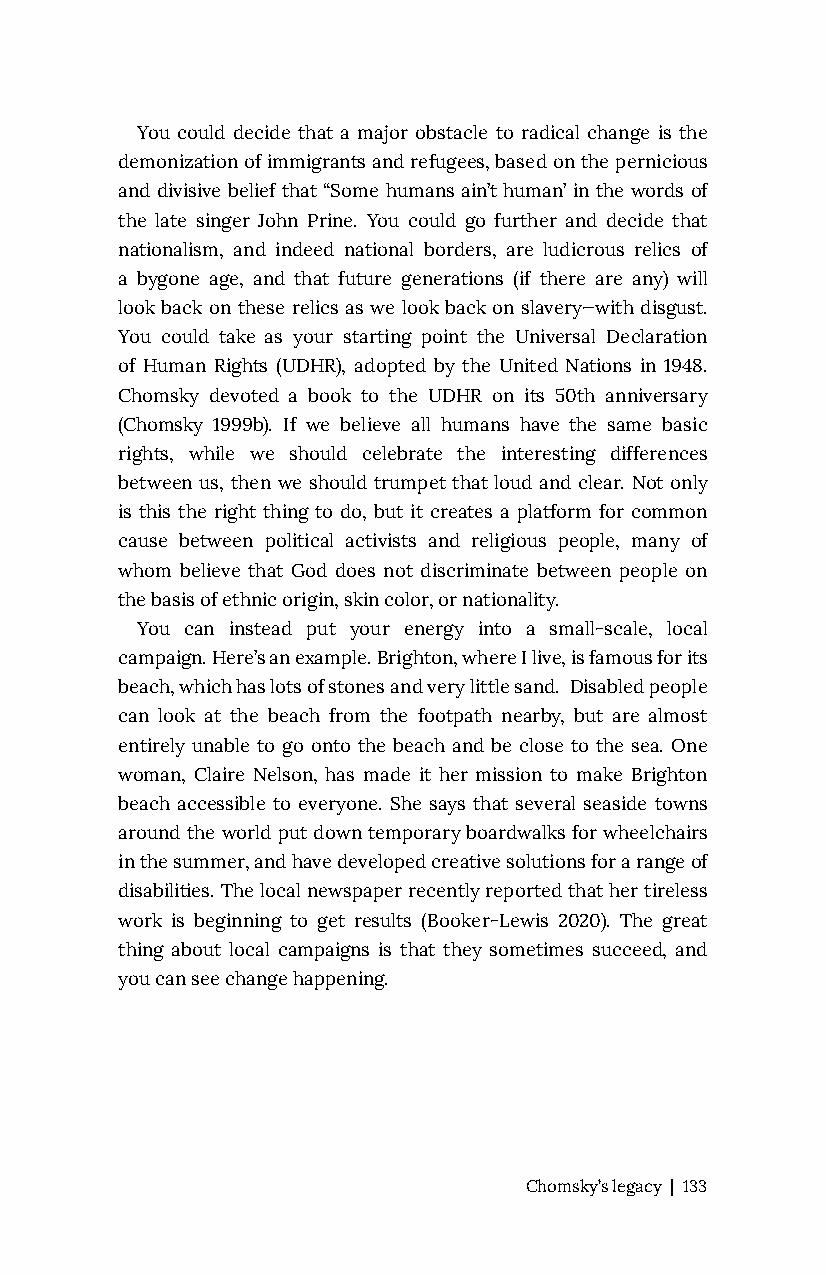
You could decide that a major obstacle to radical change is the
 demonization of immigrants and refugees, based on the pernicious
 and divisive belief that “Some humans ain’t human’ in the words of
 the late singer John Prine. You could go further and decide that
 nationalism, and indeed national borders, are ludicrous relics of
 a bygone age, and that future generations (if there are any) will
 look back on these relics as we look back on slavery—with disgust.
 You could take as your starting point the Universal Declaration
 of Human Rights (UDHR), adopted by the United Nations in 1948.
 Chomsky devoted a book to the UDHR on its 50th anniversary
 (Chomsky 1999b). If we believe all humans have the same basic
 rights, while we should celebrate the interesting differences
 between us, then we should trumpet that loud and clear. Not only
 is this the right thing to do, but it creates a platform for common
 cause between political activists and religious people, many of
 whom believe that God does not discriminate between people on
 the basis of ethnic origin, skin color, or nationality.
 You can instead put your energy into a small-scale, local
 campaign. Here’s an example. Brighton, where I live, is famous for its
 beach, which has lots of stones and very little sand. Disabled people
 can look at the beach from the footpath nearby, but are almost
 entirely unable to go onto the beach and be close to the sea. One
 woman, Claire Nelson, has made it her mission to make Brighton
 beach accessible to everyone. She says that several seaside towns
 around the world put down temporary boardwalks for wheelchairs
 in the summer, and have developed creative solutions for a range of
 disabilities. The local newspaper recently reported that her tireless
 work is beginning to get results (Booker-Lewis 2020). The great
 thing about local campaigns is that they sometimes succeed, and
 you can see change happening.
 Chomsky’s legacy | 133